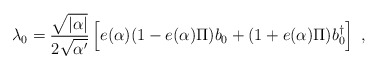
\begin{align*}\lambda_{0} = \frac{\sqrt{|\alpha|}}{2 \sqrt{\alpha '}} \left[ e(\alpha) (1 - e(\alpha) \Pi ) b_0 + (1 + e(\alpha) \Pi) b_{0}^{\dagger} \right]~,\end{align*}